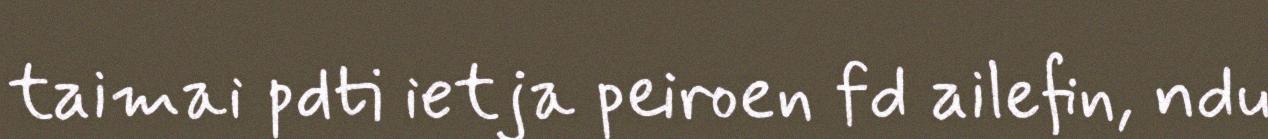
taimai pdti ietja peiroen fd ailefin, ndu